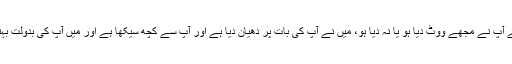
انھوں نے کہا’’چاہے آپ نے مجھے ووٹ دیا ہو یا نہ دیا ہو، میں نے آپ کی بات پر دھیان دیا ہے اور آپ سے کچھ سیکھا ہے اور میں آپ کی بدولت بہتر صدر بن گیا ہوں۔